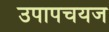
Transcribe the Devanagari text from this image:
उपापचयज